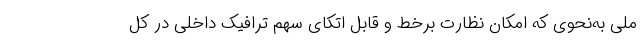
ملی به‌نحوی که امکان نظارت برخط و قابل اتکای سهم ترافیک داخلی در کل